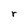
Character: r